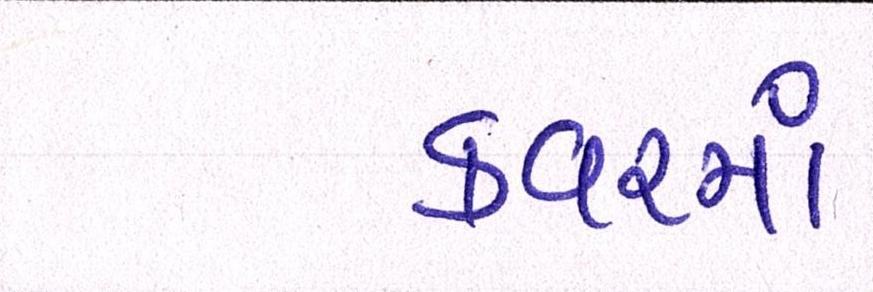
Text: કવરમાં